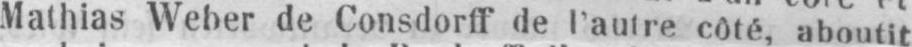
Mathias Weber de Consdorff de l’autre côté, aboutit